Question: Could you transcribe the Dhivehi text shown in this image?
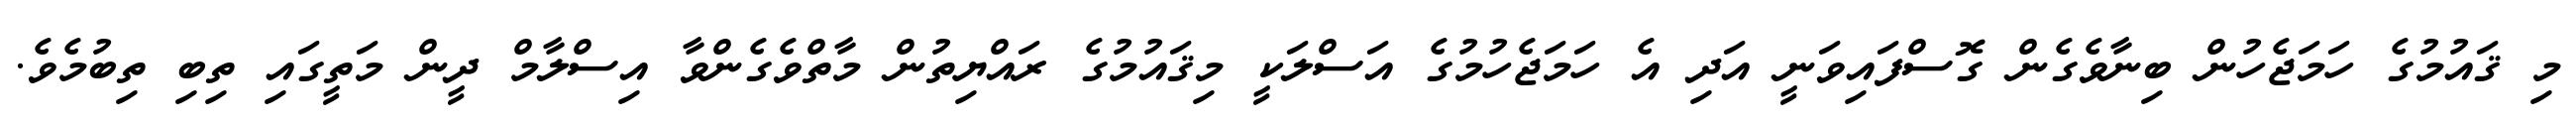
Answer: މި ޤައުމުގެ ހަމަޖެހުން ބިނާވެގެން ގޮސްފައިވަނީ އަދި އެ ހަމަޖެހުމުގެ އަސްލަކީ މިޤައުމުގެ ރައްޔިތުން މާތްވެގެންވާ އިސްލާމް ދީން މަތީގައި ތިބި ތިބުމެވެ.